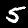
Label: 5